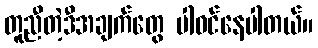
တူညီတဲ့ဒီအချက်တွေ ပါဝင်နေပါတယ်။